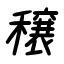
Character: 穣